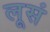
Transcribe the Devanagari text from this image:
लूसं